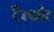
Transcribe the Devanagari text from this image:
टैल्कौट